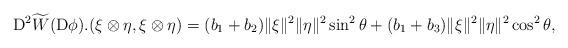
LaTeX: \begin{align*}{\rm D}^2\widetilde{W}({\rm D}\phi).(\xi\otimes\eta,\xi\otimes\eta)=(b_1 +b_2)\|\xi\|^2\|\eta\|^2 \sin^2\theta+(b_1 +b_3)\|\xi\|^2\|\eta\|^2\cos^2\theta,\end{align*}